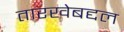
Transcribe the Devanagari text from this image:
तारखेबद्दल